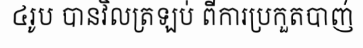
៤រូប បានវិលត្រឡប់ ពីការប្រកួតបាញ់